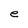
Character: e